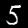
Digit: 5